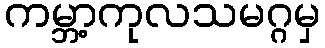
ကမ္ဘာ့ကုလသမဂ္ဂမှ